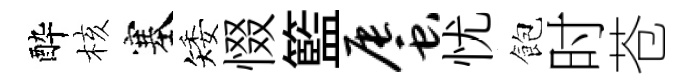
酔核塞矮惙籃蜃忧飽时苍